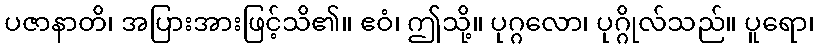
ပဇာနာတိ၊ အပြားအားဖြင့်သိ၏။ ဧဝံ၊ ဤသို့။ ပုဂ္ဂလော၊ ပုဂ္ဂိုလ်သည်။ ပူရော၊